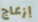
إزعاج